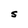
Character: S